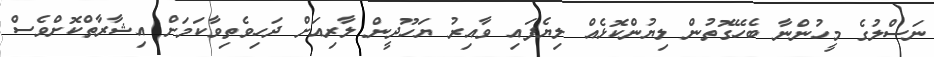
ނަސްލުގެ މީހުންނާ ބެހޭގޮތުން ލިޔުންކޮޅެއް ލިޔެފައި ވާއިރު ޔަހޫދީން ލާރިއަށް ދަހިވެތިވާކަމަށް އިޝާރާތްކޮށްވެސް